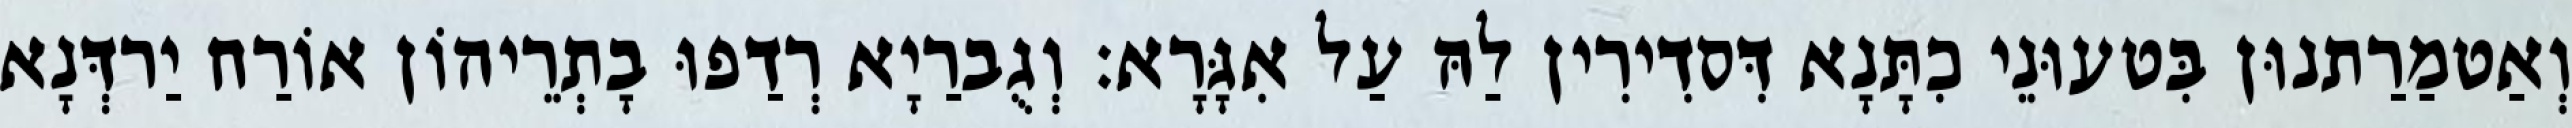
וְאַטמַרַתנוּן בִּטעוּנֵי כִתָּנָא דִּסדִירִין לַהּ עַל אִגָּרָא׃ וְגֻברַיָא רְדַפוּ בָתְרֵיהוֹן אוֹרַח יַרדְּנָא